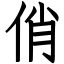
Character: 俏